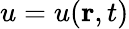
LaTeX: u=u(\mathbf{r},t)